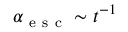
\alpha _ { \mathrm { ~ e ~ s ~ c ~ } } \sim t ^ { - 1 }